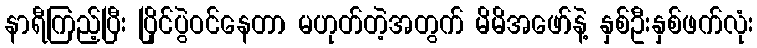
နာရီကြည့်ပြီး ပြိုင်ပွဲဝင်နေတာ မဟုတ်တဲ့အတွက် မိမိအဖော်နဲ့ နှစ်ဦးနှစ်ဖက်လုံး